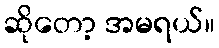
ဆိုတော့ အမရယ်။